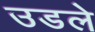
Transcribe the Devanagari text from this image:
उडले